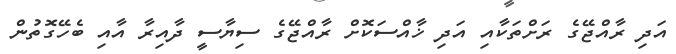
އަދި ރާއްޖޭގެ ރަށްތަކާއި އަދި ޚާއްސަކޮށް ރާއްޖޭގެ ސިޔާސީ ދާއިރާ އާއި ބެހޭގޮތުން